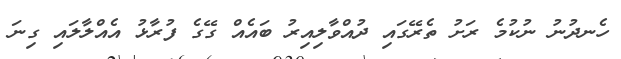
ހެނދުނު ނުކުމެ ރަށު ތެރޭގައި ދުއްވާލިއިރު ބައެއް ގޭގެ ފުރާޅު އެއްލާލައި ގިނަ